Report on lock hospitals in British Burma
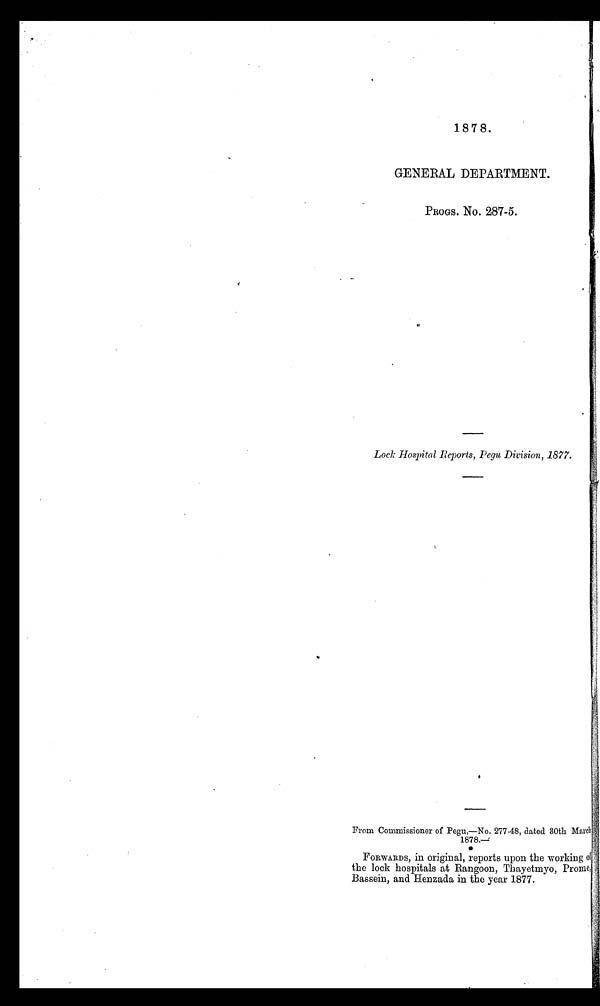
1878.
GENERAL DEPARTMENT.
PROGS. No. 287-5.
Lock Hospital Reports, Pegu Division, 1877.
From Commissioner of Pegu,—No. 277-48, dated 30th March
1878.—
FORWARDS, in original, reports upon the working of
the lock hospitals at Rangoon, Thayetmyo, Prome,
Bassein, and Henzada in the year 1877.